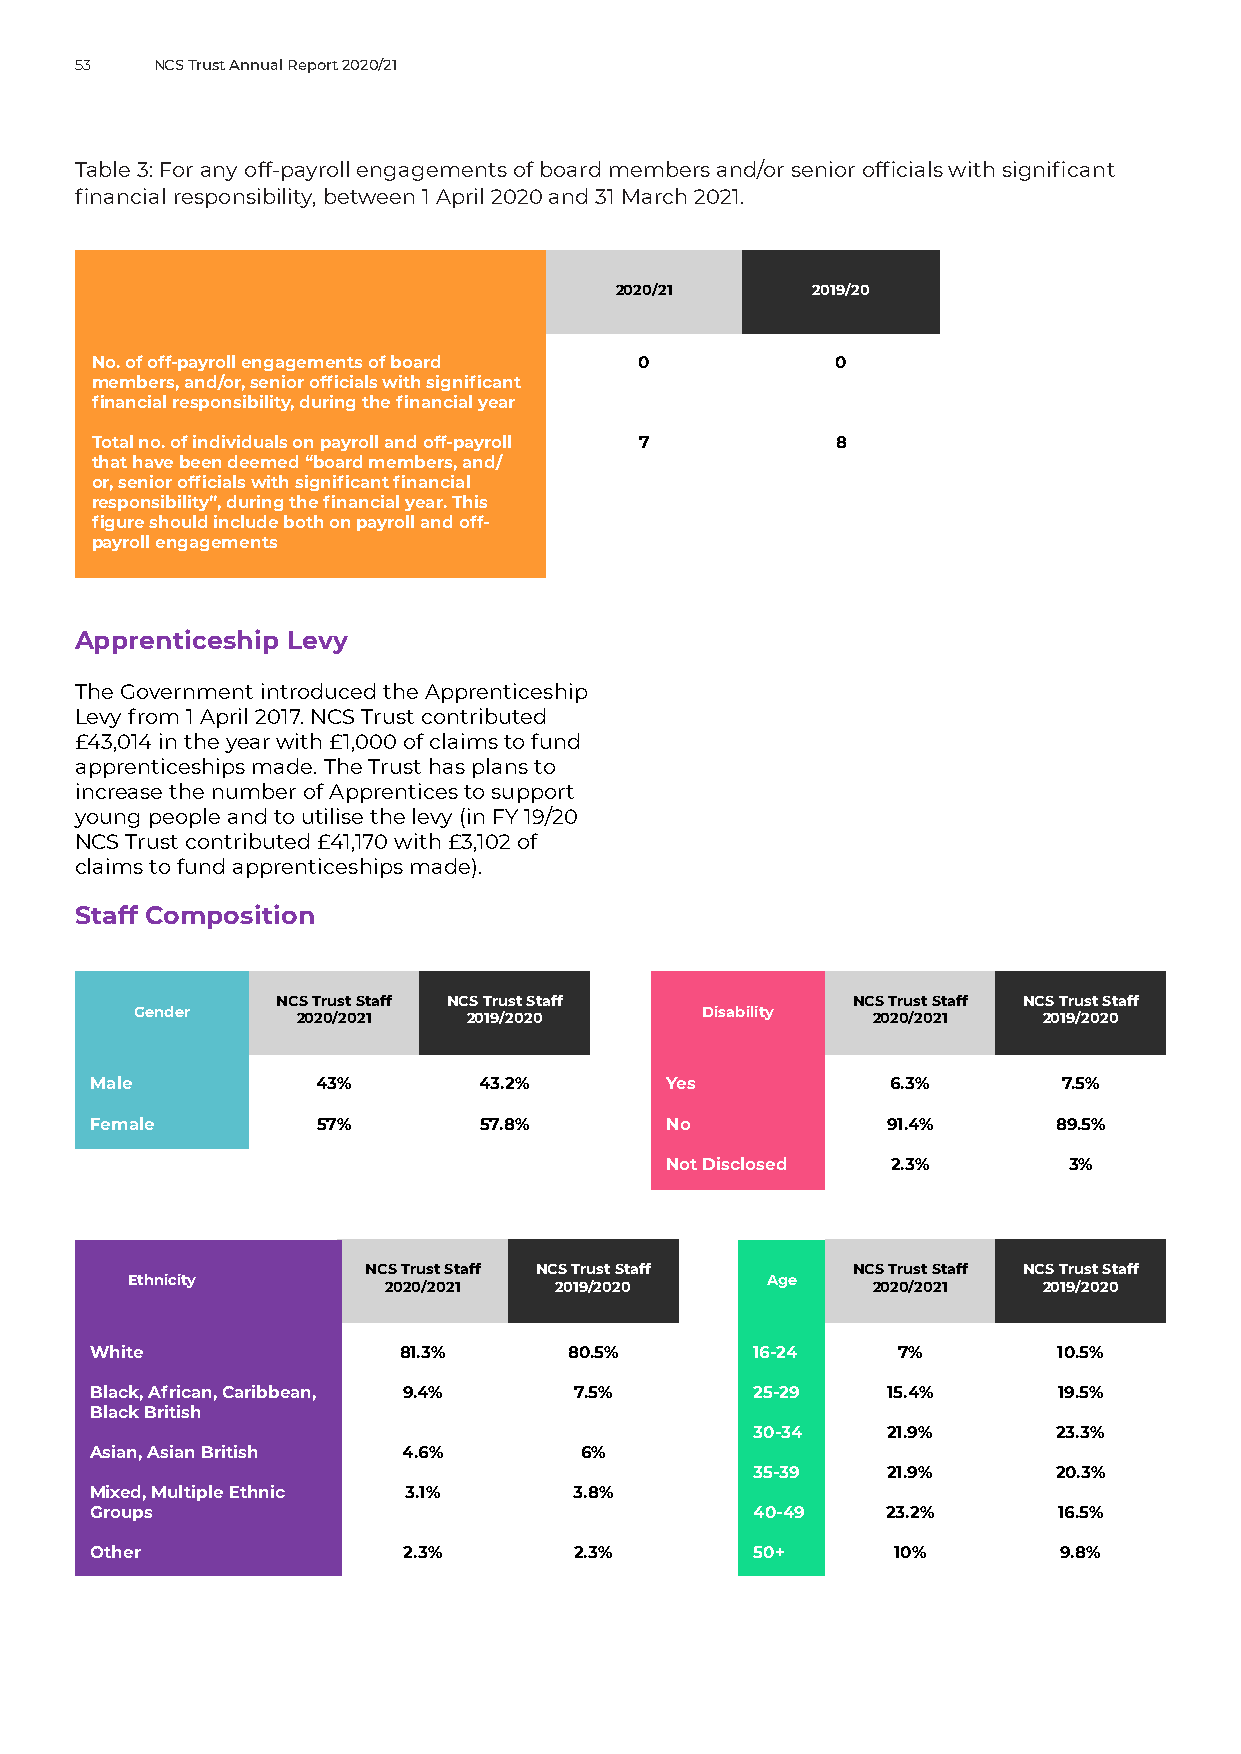
53   NCS Trust Annual Report 2020/21
 Table 3: For any off-payroll engagements of board members and/or senior officials with significant
 financial responsibility, between 1 April 2020 and 31 March 2021.
 2020/21      2019/20
 No. of off-payroll engagements of board 0        0
 members, and/or, senior officials with significant
 financial responsibility, during the financial year
 Total no. of individuals on payroll and off-payroll 7 8
 that have been deemed “board members, and/
 or, senior officials with significant financial
 responsibility”, during the financial year. This
 figure should include both on payroll and off-
 payroll engagements
 Apprenticeship Levy
 The Government introduced the Apprenticeship
 Levy from 1 April 2017. NCS Trust contributed
 £43,014 in the year with £1,000 of claims to fund
 apprenticeships made. The Trust has plans to
 increase the number of Apprentices to support
 young people and to utilise the levy (in FY 19/20
 NCS Trust contributed £41,170 with £3,102 of
 claims to fund apprenticeships made).
 Staff Composition
 NCS Trust Staff NCS Trust Staff       NCS Trust Staff NCS Trust Staff
 Gender                                Disability
 2020/2021  2019/2020                  2020/2021  2019/2020
 Male           43%        43.2%       Yes            6.3%       7.5%
 Female         57%        57.8%       No             91.4%      89.5%
 Not Disclosed  2.3%        3%
 NCS Trust Staff NCS Trust Staff NCS Trust Staff NCS Trust Staff
 Ethnicity                                 Age
 2020/2021  2019/2020            2020/2021  2019/2020
 White                81.3%      80.5%       16-24    7%         10.5%
 Black, African, Caribbean, 9.4% 7.5%        25-29    15.4%      19.5%
 Black British
 30-34    21.9%      23.3%
 Asian, Asian British 4.6%       6%
 35-39    21.9%      20.3%
 Mixed, Multiple Ethnic 3.1%     3.8%
 Groups                                      40-49    23.2%      16.5%
 Other                2.3%       2.3%        50+      10%        9.8%